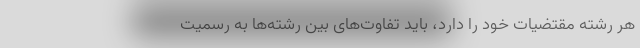
هر رشته مقتضیات خود را دارد، باید تفاوت‌های بین رشته‌ها به رسمیت